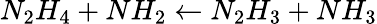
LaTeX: N_{2}H_{4}+NH_{2}\leftarrow N_{2}H_{3}+NH_{3}